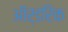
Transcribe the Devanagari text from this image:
ऑर्डरिक